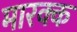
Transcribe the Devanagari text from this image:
मारक्क